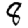
Digit: 8